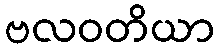
ဗလဝတိယာ